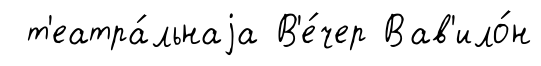
т'еатра́льнаjа В'е́чер Вав'ило́н